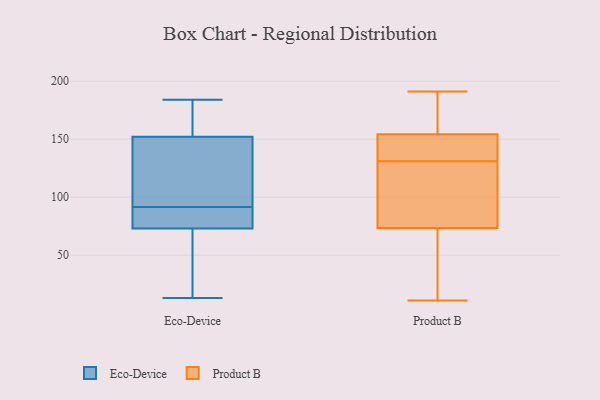
{"axis": {"x": "Customer Acquisition Cost (USD)", "y": "Value"}, "legend": ["Eco-Device", "Product B"], "data": [{"x": "", "y": 159, "type": "Eco-Device"}, {"x": "", "y": 13, "type": "Eco-Device"}, {"x": "", "y": 184, "type": "Eco-Device"}, {"x": "", "y": 81, "type": "Eco-Device"}, {"x": "", "y": 66, "type": "Eco-Device"}, {"x": "", "y": 152, "type": "Eco-Device"}, {"x": "", "y": 89, "type": "Eco-Device"}, {"x": "", "y": 126, "type": "Eco-Device"}, {"x": "", "y": 73, "type": "Eco-Device"}, {"x": "", "y": 94, "type": "Eco-Device"}, {"x": "", "y": 165, "type": "Product B"}, {"x": "", "y": 128, "type": "Product B"}, {"x": "", "y": 124, "type": "Product B"}, {"x": "", "y": 132, "type": "Product B"}, {"x": "", "y": 62, "type": "Product B"}, {"x": "", "y": 138, "type": "Product B"}, {"x": "", "y": 108, "type": "Product B"}, {"x": "", "y": 11, "type": "Product B"}, {"x": "", "y": 185, "type": "Product B"}, {"x": "", "y": 158, "type": "Product B"}, {"x": "", "y": 191, "type": "Product B"}, {"x": "", "y": 17, "type": "Product B"}, {"x": "", "y": 143, "type": "Product B"}, {"x": "", "y": 131, "type": "Product B"}, {"x": "", "y": 33, "type": "Product B"}, {"x": "", "y": 139, "type": "Product B"}, {"x": "", "y": 164, "type": "Product B"}, {"x": "", "y": 121, "type": "Product B"}, {"x": "", "y": 30, "type": "Product B"}]}